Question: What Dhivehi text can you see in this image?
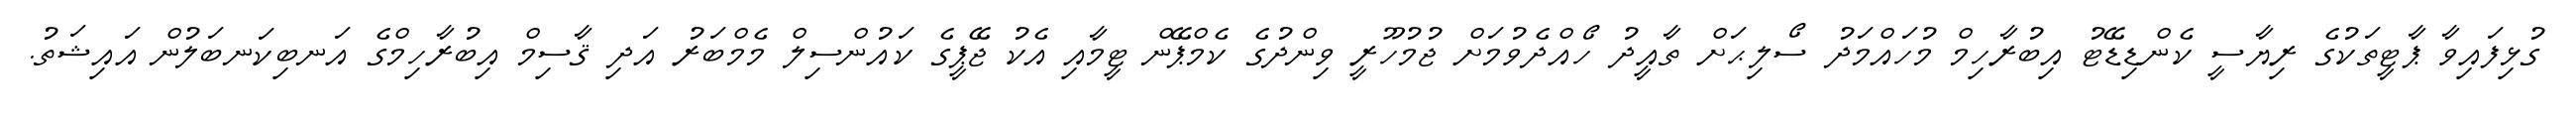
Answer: ގުޅިފައިވާ ޕާޓީތަކުގެ ރިޔާސީ ކެންޑިޑޭޓު އިބުރާހިމް މުހައްމަދު ސޯލިޙަށް ތާއީދު ހޯއްދެވުމަށް ޖުމުހޫރީ ވިންދުގެ ކެމްޕޭން ޓީމާއި އެކު ޖޭޕީގެ ކައުންސިލް މެމްބަރު އަދި ޤާސިމް އިބުރާހިމްގެ އަނބިކަނބަލުން އައިޝަތު.